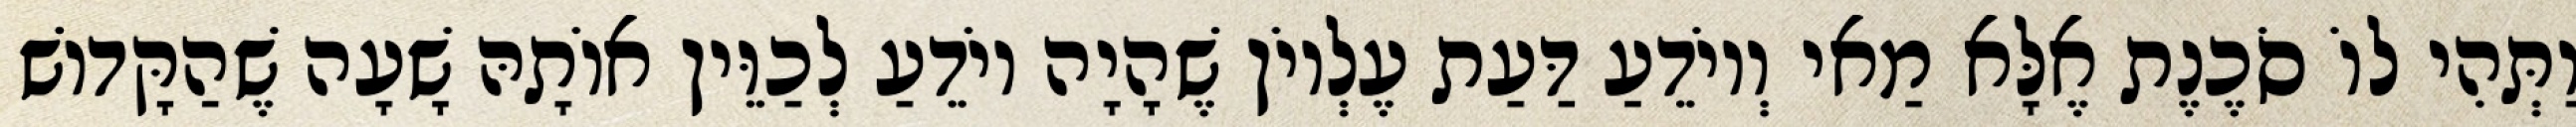
וַתְּהִי לוֹ סֹכֶנֶת אֶלָּא מַאי וְיוֹדֵעַ דַּעַת עֶלְיוֹן שֶׁהָיָה יוֹדֵעַ לְכַוֵּין אוֹתָהּ שָׁעָה שֶׁהַקָּדוֹשׁ